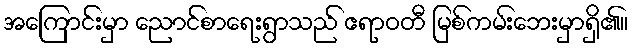
အကြောင်းမှာ ညောင်စာရေးရွာသည် ဧရာဝတီ မြစ်ကမ်းဘေးမှာရှိ၏။